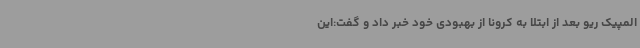
المپیک ریو بعد از ابتلا به کرونا از بهبودی خود خبر داد و گفت:این